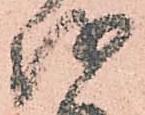
越